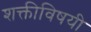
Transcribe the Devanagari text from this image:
शक्तीविषयी